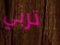
تربي